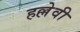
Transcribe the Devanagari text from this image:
हल्लेवी